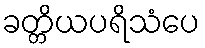
ခတ္တိယပရိသံပေ